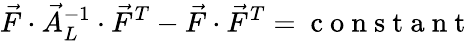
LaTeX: \vec{F}\cdot\vec{A}_{L}^{-1}\cdot\vec{F}^{T}-\vec{F}\cdot\vec{F}^{T}=\mathrm{~c~o~n~s~t~a~n~t~}